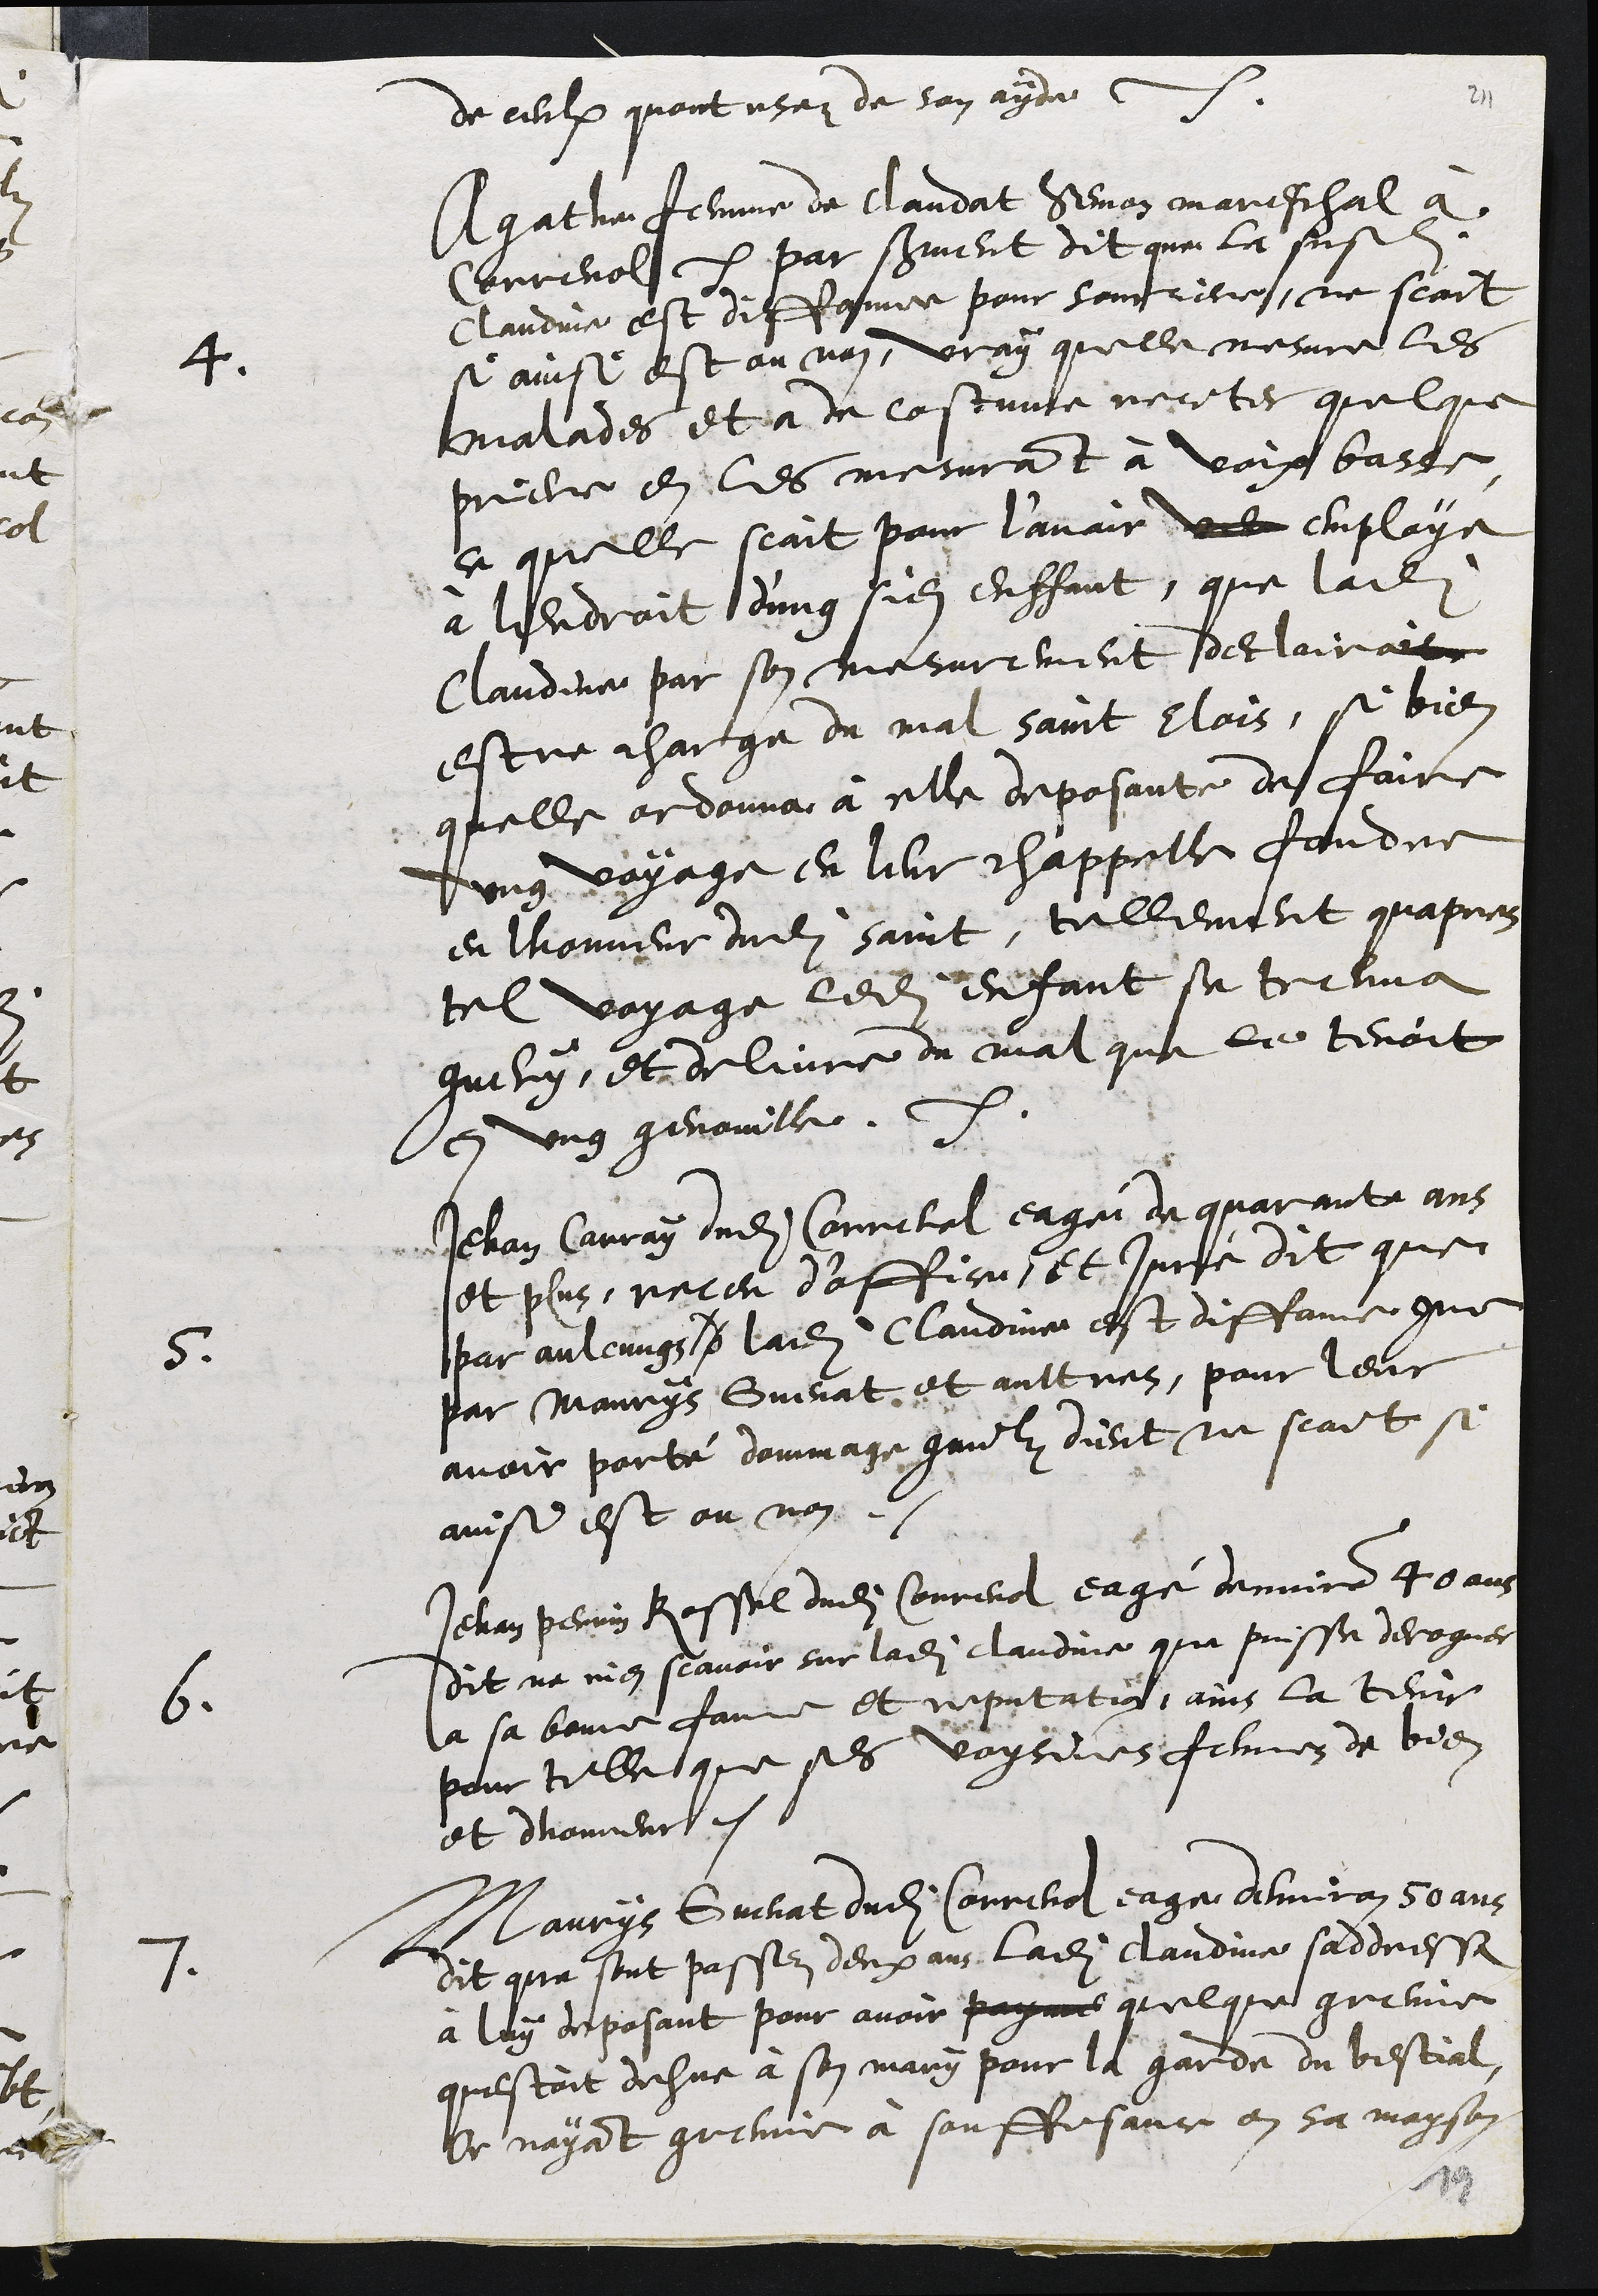
de ceulx quont usez de son ayde .
4.
Agathe femme de Claudat Semon mareschal à
Correnol  par serment dit que la susdite
Claudine est diffamee pour sourciere, ne scait
si ainsi est ou non, vray quelle mesure les
malades et a de costume reciter quelque
preche en les mesurant à voix basse
ce quelle scait pour l’avoir veu employe
à lendroit d'ung sien enffant, que ladite
Claudine par son mesurement declairait
estre charge du mal saint Elois, si bien
quelle ordonna à elle deposante de faire
ung voyage en leur chappelle fondee
en lhonneur dudit saint, tellement quapres
tel voyage ledit enfant se treuva
guery, et delivre du mal que le tenoit
en ung genouille.
5.
Jehan Carray dudit Correnol, eagé de quarante ans
et plus, receu d’office et Juré dit que
par aulcungs d ladite Claudine est diffame comme
par Maurys Guenat et aultres, pour leur
avoir porté dommage commilz dient ne scait si
ainsi est ou non.
6.
Jehan Perrin Rossel dudit Correnol eagé denviron 40 ans
dit ne rien scavoir sur ladite Claudine que puisse deroguer
a sa bonne fame et reputation, ains la tenir
pour telle que ses voysines femmez de bien
et dhonneur.
7.
Maurys Guenat dudit Correnol eage denviron 50 ans
dit que sont passez deux ans ladite Claudine saddressa
à luy deposant pour avoir payme quelque greine
questoit dehue à son mary pour la garde du bestial,
Or nayant greine à souffisance en sa mayson
19